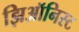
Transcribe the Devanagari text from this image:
झिऑनिस्ट